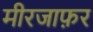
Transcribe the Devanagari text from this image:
मीरजाफ़र